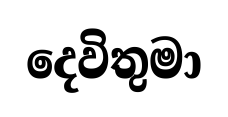
දෙවිතුමා